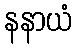
နနာယံ